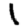
Digit: 1